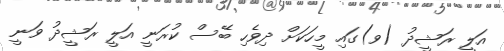
އަލީ ރަޝީދު (ވ)ގައި މީހަކަށް ދިވެހި ބޭސް ކުރަނީ އަލީ ރަޝީދު ވަނީ